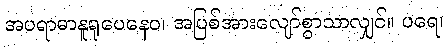
အပရာဓာနူရူပေနေဝ၊ အပြစ်အားလျော်စွာသာလျှင်။ ပရေ၊